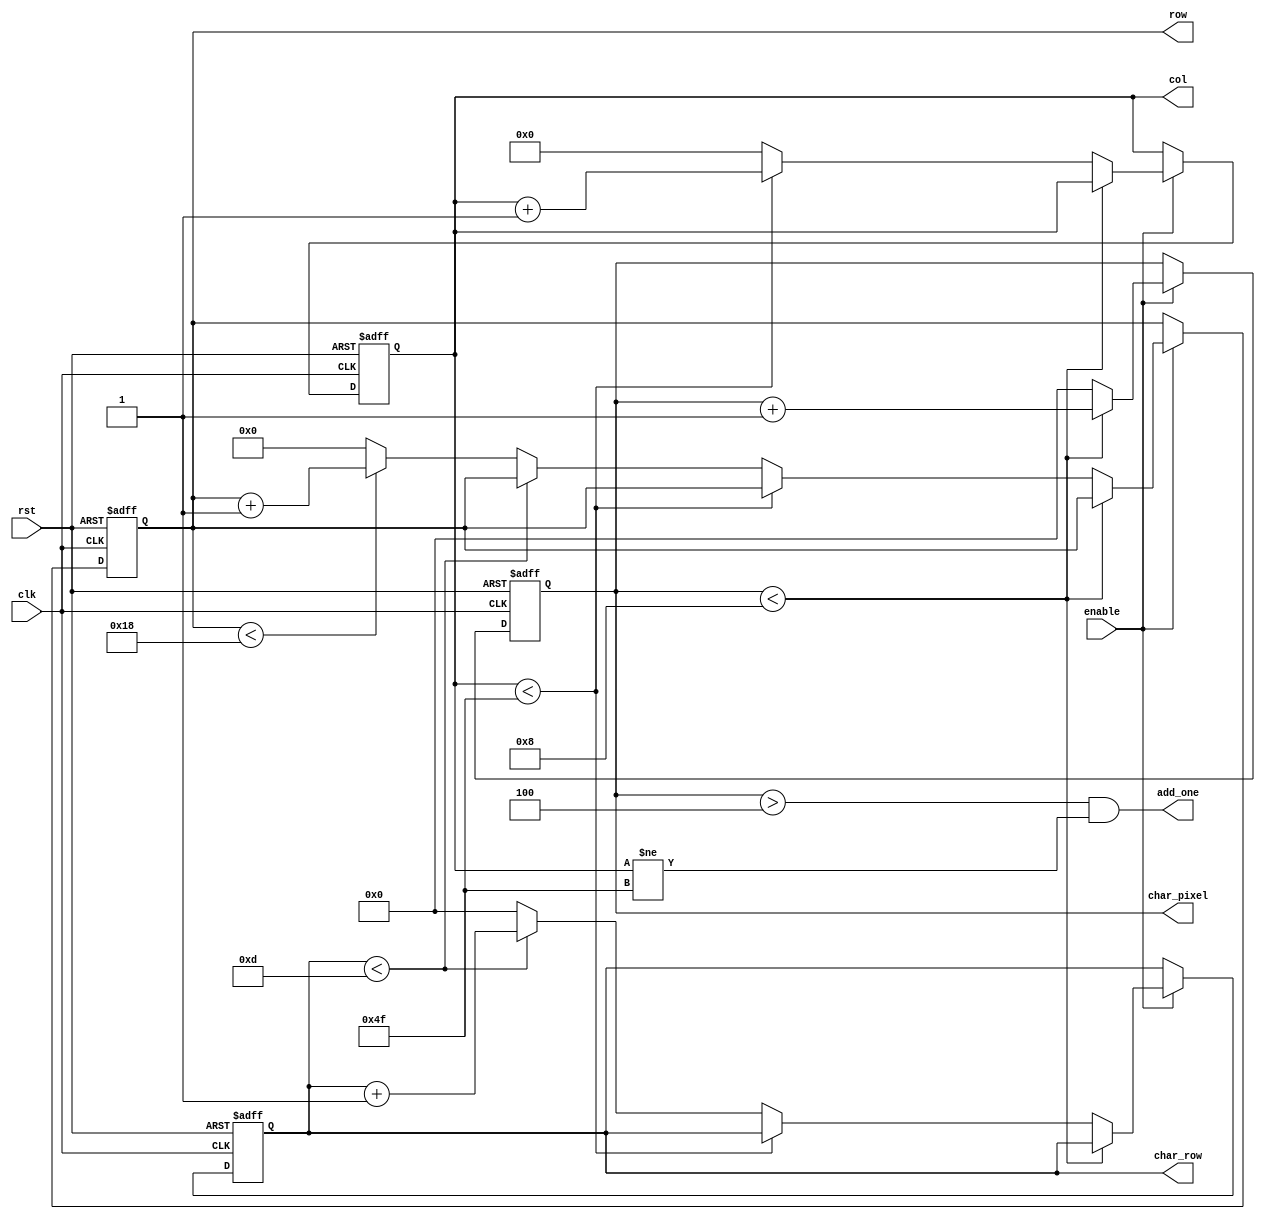
module mda_pos(
	input			clk,
	input			rst,
	input			enable,		// Valid during valid pixel periods
	output			add_one,	// This signal steps RAM indexing ahead to compensate for access times
	output		[6:0]	col,		// Character column (0-79)
	output		[4:0]	row,		// Character row    (0-24)
	output		[3:0]	char_pixel,	// Output pixel position within the character
	output		[3:0]	char_row	// Character row to output (0-13)
);

parameter MAX_COL = 80-1;   // Maximum columns
parameter MAX_ROW = 25-1;   // Maximum rows
parameter MAX_CHAR_ROW = 14-1; // Maximum character rows
parameter CHAR_WIDTH = 9-1; // Width of the character in pixels

parameter ADD_ONE_START = 5;

reg [6:0] col_counter = 0;
reg [4:0] row_counter = 0;
reg [3:0] char_row_counter = 0;
reg [3:0] char_pixel_counter = 0;

assign add_one = ( (char_pixel_counter > (ADD_ONE_START - 1)) & (col_counter != MAX_COL));

always @(posedge clk or posedge rst) begin
	if (rst) begin
		char_pixel_counter <= 0;
		char_row_counter <= 0;
		col_counter <= 0;
		row_counter <= 0;
	end else if (enable) begin
		// Increment pixel within char
		if (char_pixel_counter < CHAR_WIDTH)
			char_pixel_counter <= char_pixel_counter + 1;
		else begin
			char_pixel_counter <= 0;

			// We wrapped around from 8 to 0. Check if we also hit
			// 80 columns
			if (col_counter < MAX_COL)
				col_counter <= col_counter + 1;
			else begin
				col_counter <= 0;

				// We wrapped around from 79 to 0. Check if we
				// also hit 14 lines
				if (char_row_counter < MAX_CHAR_ROW)
					char_row_counter <= char_row_counter + 1;
				else begin
					char_row_counter <= 0;

					// We wrapped around from 13 to 0.
					// Check if we also hit 25 rows
					if (row_counter < MAX_ROW)
						row_counter <= row_counter + 1;
					else
						row_counter <= 0;
				end
			end
		end
	end
end

assign col = col_counter;
assign row = row_counter;
assign char_row = char_row_counter;
assign char_pixel = char_pixel_counter;

endmodule